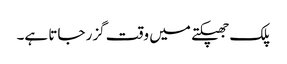
پلک جھپکتے میں وقت گزر جاتا ہے۔